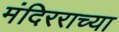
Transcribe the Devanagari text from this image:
मंदिरराच्या